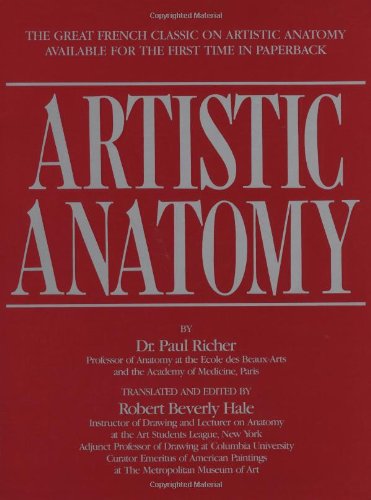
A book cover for Artistic Anatomy; Dr. Paul Richer; Arts & Photography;